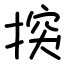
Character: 揬